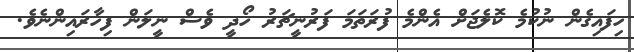
ހިފައިގެން ނުކުމެ ކޮލެޖަށް އެންމެ ފުރަތަމަ ފަރުނީޗަރު ހޯދީ ވެސް ނީލަން ފިހާރައިންނެވެ.